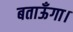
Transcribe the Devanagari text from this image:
बताऊँगा।